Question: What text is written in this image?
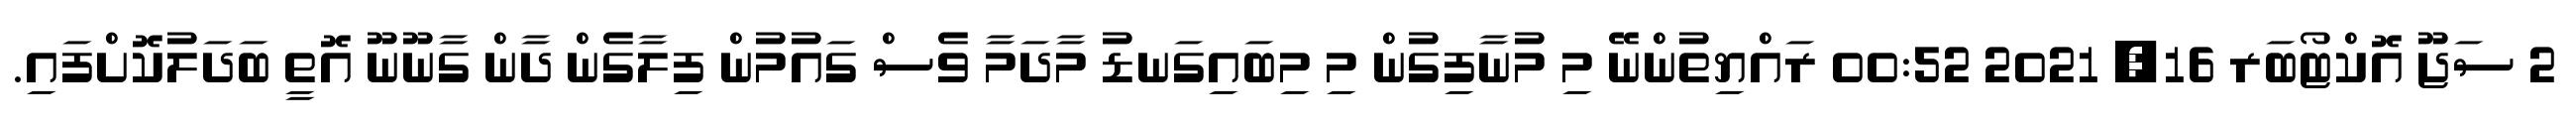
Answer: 2 ސަޖޫ އޮކްޓޯބަރ 16, 2021 00:52 ރައްޔިތުންނޭ މި މުނާފިގުން މި މިބައިގަނޑު މާދަމާ ވެސް ގައުމުން ފިލާގެން ދާން ގާނޫނޫ އޮތީ ބަދަލުކޮށްފައި.